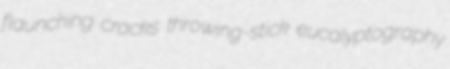
flaunching cracks throwing-stick eucalyptography